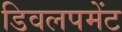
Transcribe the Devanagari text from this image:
डिवलपमेंट